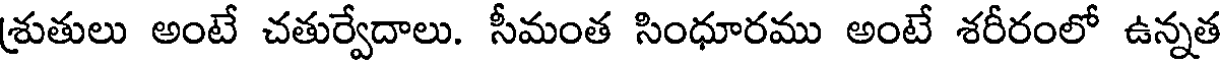
శ్రుతులు అంటే చతుర్వేదాలు. సీమంత సింధూరము అంటే శరీరంలో ఉన్నత